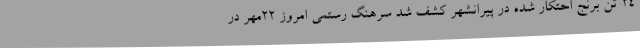
24 تن برنج احتکار شده در پیرانشهر کشف شد سرهنگ رستمی امروز 22مهر در